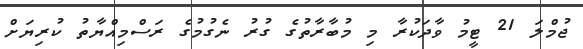
ޖުމްލަ 21 ޓީމު ވާދަކުރާ މި މުބާރާތުގެ ގުރު ނެގުމުގެ ރަސްމިއްޔާތު ކުރިޔަށް